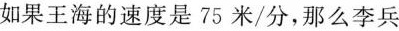
如果王海的速度是75米/分，那么李兵